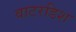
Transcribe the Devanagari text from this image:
वाटरडिश